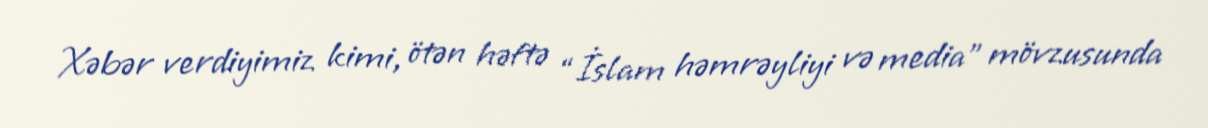
Xəbər verdiyimiz kimi, ötən həftə “İslam həmrəyliyi və media” mövzusunda